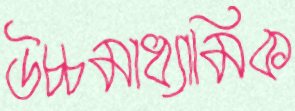
উচ্চমাধ্যামিক